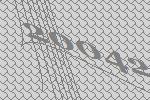
20042